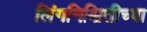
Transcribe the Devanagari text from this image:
लिंगनिश्चितीच्या